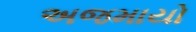
અજમાયો